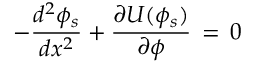
- \frac { d ^ { 2 } \phi _ { s } } { d x ^ { 2 } } + \frac { \partial U ( \phi _ { s } ) } { \partial \phi } \, = \, 0